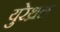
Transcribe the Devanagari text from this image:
युरेथ्रल